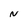
Character: N